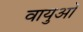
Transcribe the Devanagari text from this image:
वायुओं